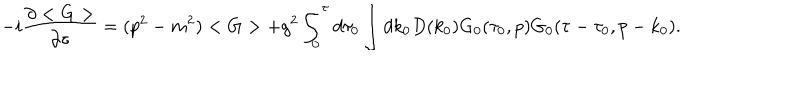
LaTeX: - i \frac { \partial < G > } { \partial \tau } = ( p ^ { 2 } - m ^ { 2 } ) < G > + g ^ { 2 } \int _ { 0 } ^ { \tau } d \tau _ { 0 } \int d k _ { 0 } D ( k _ { 0 } ) G _ { 0 } ( \tau _ { 0 } , p ) G _ { 0 } ( \tau - \tau _ { 0 } , p - k _ { 0 } ) .